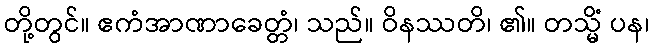
တို့တွင်။ ဧကံအာဏာခေတ္တံ၊ သည်။ ဝိနဿတိ၊ ၏။ တသ္မိံ ပန၊